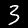
Digit: 3